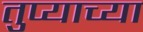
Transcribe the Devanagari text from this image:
तुप्याच्या